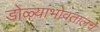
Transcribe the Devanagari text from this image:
डोळ्यांभोवतालचे